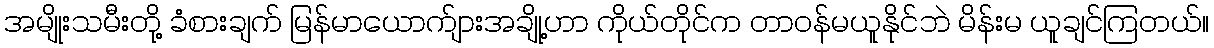
အမျိုးသမီးတို့ ခံစားချက် မြန်မာယောက်ျားအချို့ဟာ ကိုယ်တိုင်က တာဝန်မယူနိုင်ဘဲ မိန်းမ ယူချင်ကြတယ်။